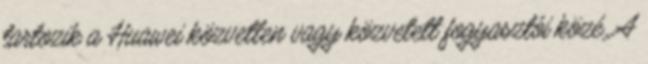
tartozik a Huawei közvetlen vagy közvetett fogyasztói közé. A